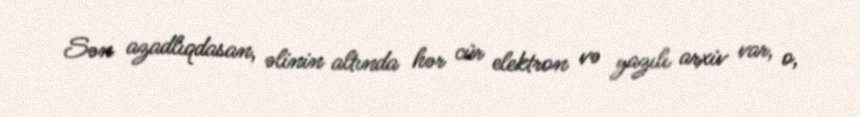
Sən azadlıqdasan, əlinin altında hər cür elektron və yazılı arxiv var, o,